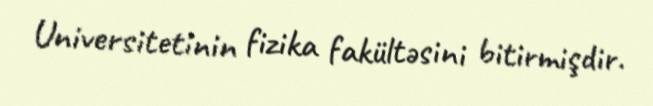
Universitetinin fizika fakültəsini bitirmişdir.